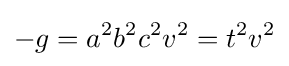
-g=a^{2}b^{2}c^{2}v^{2}=t^{2}v^{2}